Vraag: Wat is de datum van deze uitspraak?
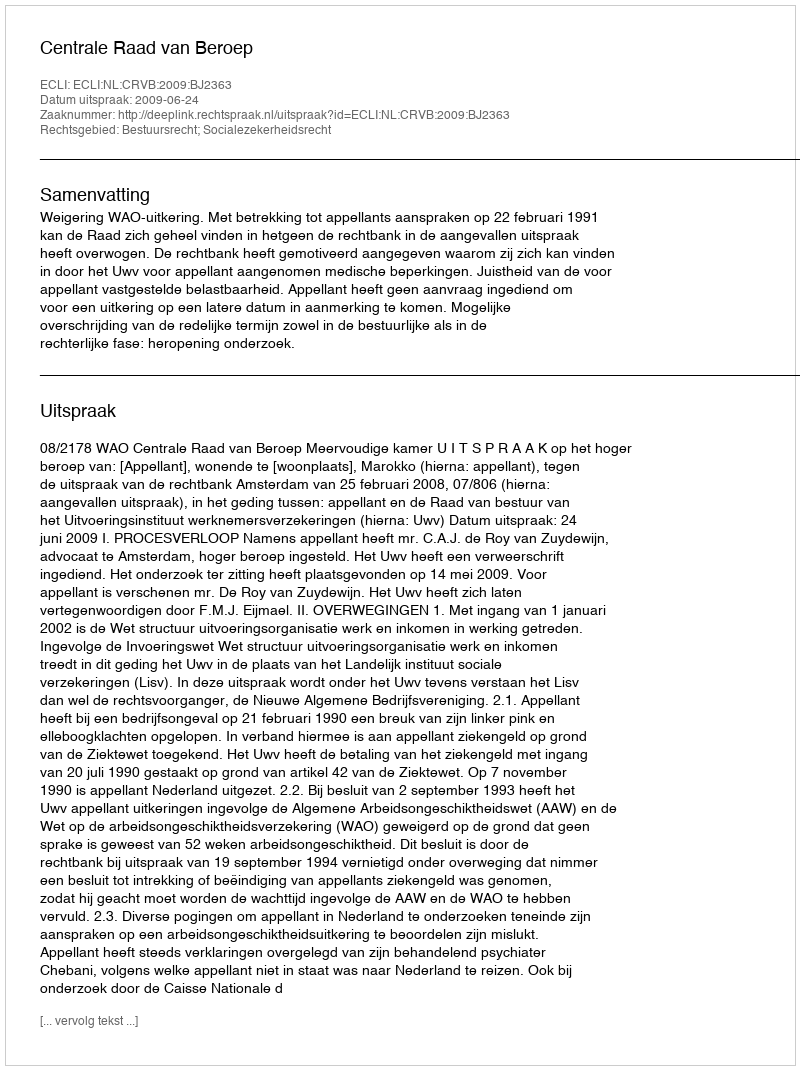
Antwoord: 2009-06-24